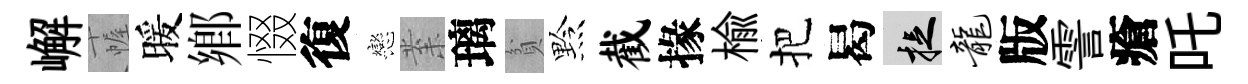
嶰幄暖鄉惙復戀𭪙璃貧黔截掾楡把曷捉龙版霅瘡吒